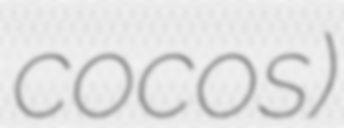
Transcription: cocos)